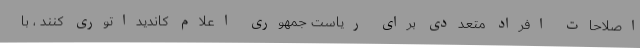
اصلاحات افراد متعددی برای ریاست جمهوری اعلام کاندیداتوری کنند ، با